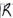
Text: R